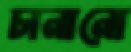
চানানো